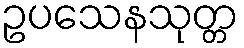
ဥပသေနသုတ္တ